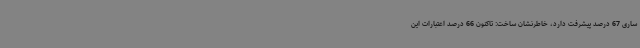
ساری 67 درصد پیشرفت دارد، خاطرنشان ساخت: تاکنون 66 درصد اعتبارات این